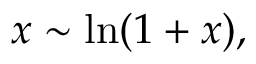
x \sim \ln ( 1 + x ) ,